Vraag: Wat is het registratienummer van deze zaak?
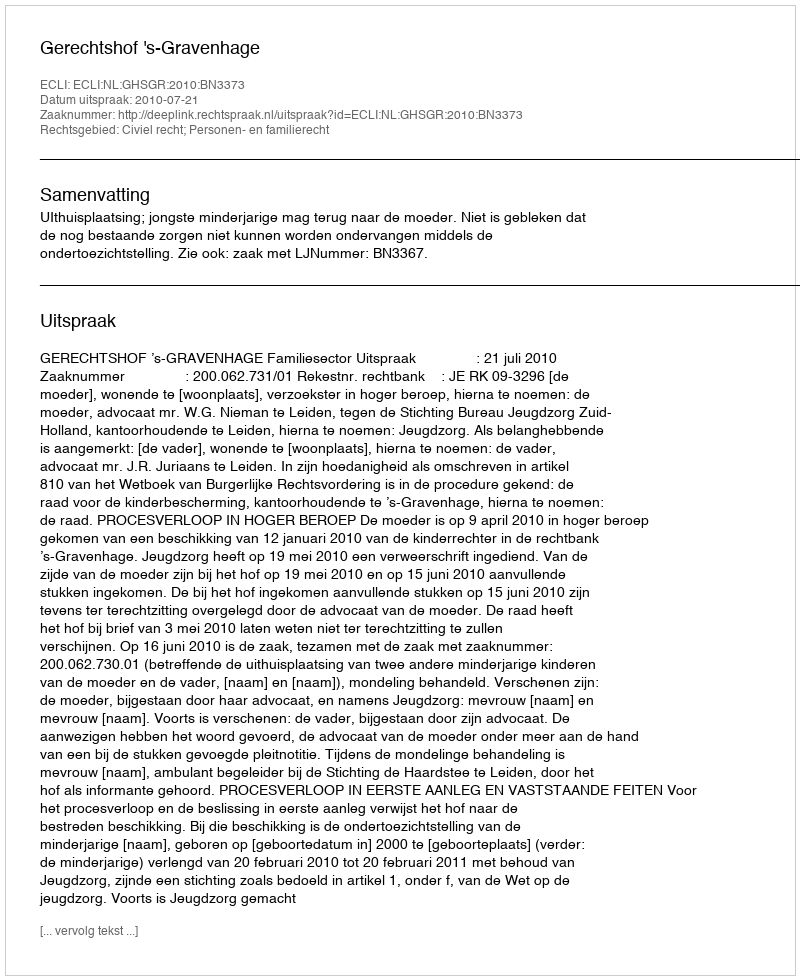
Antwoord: http://deeplink.rechtspraak.nl/uitspraak?id=ECLI:NL:GHSGR:2010:BN3373